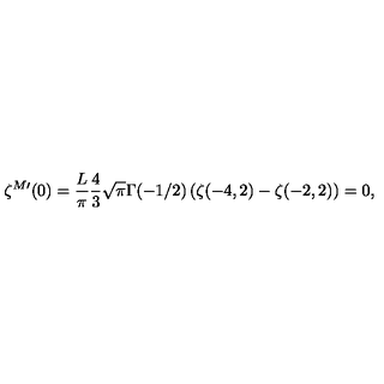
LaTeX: \zeta ^ { M \prime } ( 0 ) = \frac { L } { \pi } \frac 4 3 \sqrt { \pi } \Gamma ( - 1 / 2 ) \left( \zeta ( - 4 , 2 ) - \zeta ( - 2 , 2 ) \right) = 0 ,